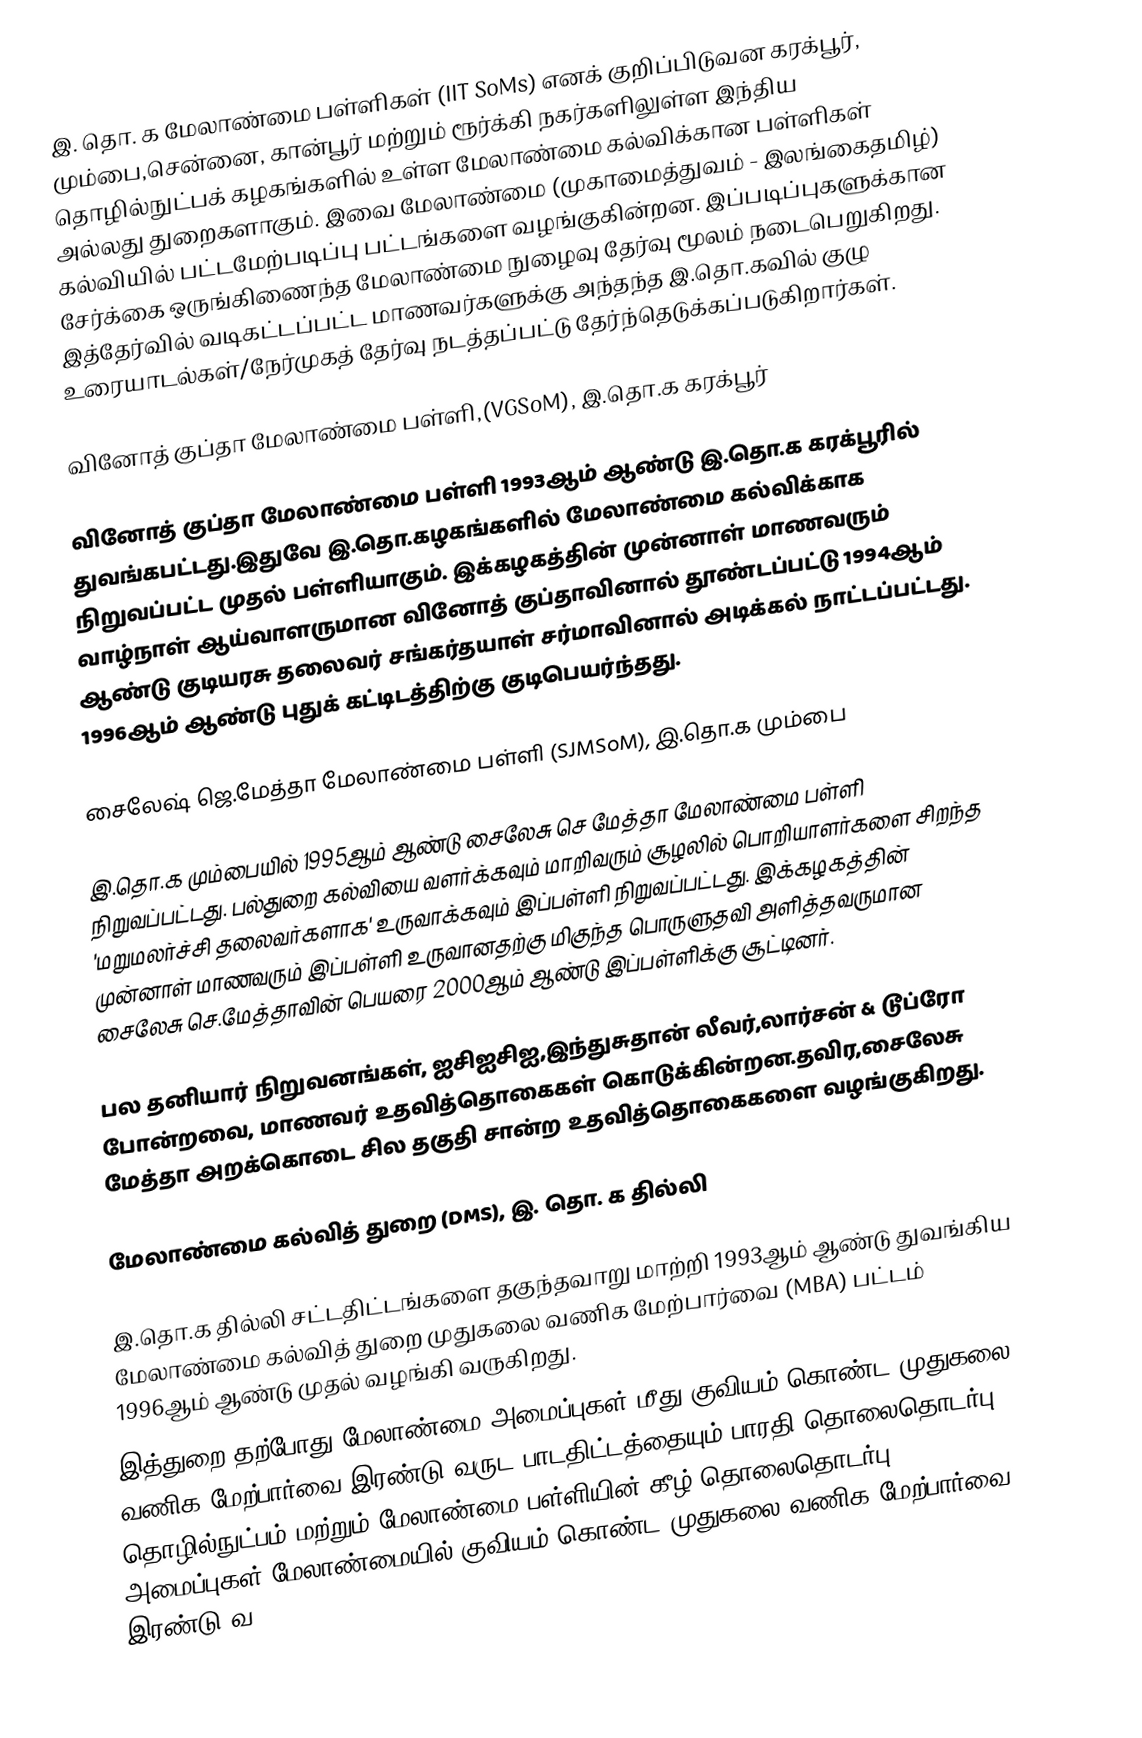
இ. தொ. க மேலாண்மை பள்ளிகள் (IIT SoMs) எனக் குறிப்பிடுவன கரக்பூர், மும்பை,சென்னை, கான்பூர் மற்றும் ரூர்க்கி நகர்களிலுள்ள இந்திய தொழில்நுட்பக் கழகங்களில் உள்ள மேலாண்மை கல்விக்கான பள்ளிகள் அல்லது துறைகளாகும். இவை மேலாண்மை (முகாமைத்துவம் - இலங்கைதமிழ்) கல்வியில் பட்டமேற்படிப்பு பட்டங்களை வழங்குகின்றன. இப்படிப்புகளுக்கான சேர்க்கை ஒருங்கிணைந்த மேலாண்மை நுழைவு தேர்வு மூலம் நடைபெறுகிறது. இத்தேர்வில் வடிகட்டப்பட்ட மாணவர்களுக்கு அந்தந்த இ.தொ.கவில் குழு உரையாடல்கள்/நேர்முகத் தேர்வு நடத்தப்பட்டு தேர்ந்தெடுக்கப்படுகிறார்கள்.

வினோத் குப்தா மேலாண்மை பள்ளி,(VGSoM), இ.தொ.க கரக்பூர்

வினோத் குப்தா மேலாண்மை பள்ளி 1993ஆம் ஆண்டு இ.தொ.க கரக்பூரில் துவங்கபட்டது.இதுவே இ.தொ.கழகங்களில் மேலாண்மை கல்விக்காக நிறுவப்பட்ட முதல் பள்ளியாகும். இக்கழகத்தின் முன்னாள் மாணவரும் வாழ்நாள் ஆய்வாளருமான வினோத் குப்தாவினால் தூண்டப்பட்டு 1994ஆம் ஆண்டு குடியரசு தலைவர் சங்கர்தயாள் சர்மாவினால் அடிக்கல் நாட்டப்பட்டது. 1996ஆம் ஆண்டு புதுக் கட்டிடத்திற்கு குடிபெயர்ந்தது.

சைலேஷ் ஜெ.மேத்தா மேலாண்மை பள்ளி (SJMSoM), இ.தொ.க மும்பை

இ.தொ.க மும்பையில் 1995ஆம் ஆண்டு சைலேசு செ மேத்தா மேலாண்மை பள்ளி நிறுவப்பட்டது. பல்துறை கல்வியை வளர்க்கவும் மாறிவரும் சூழலில் பொறியாளர்களை சிறந்த 'மறுமலர்ச்சி தலைவர்களாக' உருவாக்கவும் இப்பள்ளி நிறுவப்பட்டது. இக்கழகத்தின் முன்னாள் மாணவரும் இப்பள்ளி உருவானதற்கு மிகுந்த பொருளுதவி அளித்தவருமான சைலேசு செ.மேத்தாவின் பெயரை 2000ஆம் ஆண்டு இப்பள்ளிக்கு சூட்டினர்.

பல தனியார் நிறுவனங்கள், ஐசிஐசிஐ,இந்துசுதான் லீவர்,லார்சன் & டூப்ரோ போன்றவை, மாணவர் உதவித்தொகைகள் கொடுக்கின்றன.தவிர,சைலேசு மேத்தா அறக்கொடை சில தகுதி சான்ற உதவித்தொகைகளை வழங்குகிறது.

மேலாண்மை கல்வித் துறை (DMS), இ. தொ. க தில்லி

இ.தொ.க தில்லி சட்டதிட்டங்களை தகுந்தவாறு மாற்றி 1993ஆம் ஆண்டு துவங்கிய மேலாண்மை கல்வித் துறை முதுகலை வணிக மேற்பார்வை (MBA) பட்டம்  1996ஆம் ஆண்டு முதல் வழங்கி வருகிறது.
இத்துறை தற்போது மேலாண்மை அமைப்புகள் மீது குவியம் கொண்ட முதுகலை வணிக மேற்பார்வை இரண்டு வருட பாடதிட்டத்தையும்,பாரதி தொலைதொடர்பு தொழில்நுட்பம் மற்றும் மேலாண்மை பள்ளியின் கீழ்  தொலைதொடர்பு அமைப்புகள் மேலாண்மையில் குவியம் கொண்ட முதுகலை வணிக மேற்பார்வை இரண்டு வ